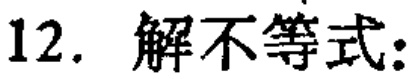
12. 解不等式: